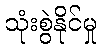
သုံးစွဲနိုင်မှု